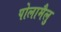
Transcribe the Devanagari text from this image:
पोलामैलु